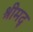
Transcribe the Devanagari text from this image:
श्रीमद्‍